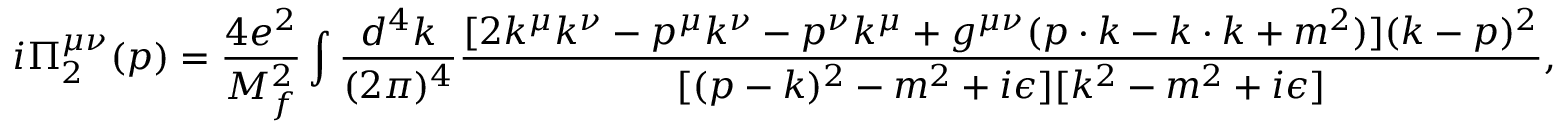
i \Pi _ { 2 } ^ { \mu \nu } ( p ) = \frac { 4 e ^ { 2 } } { M _ { f } ^ { 2 } } \int \frac { d ^ { 4 } k } { ( 2 \pi ) ^ { 4 } } \frac { [ 2 k ^ { \mu } k ^ { \nu } - p ^ { \mu } k ^ { \nu } - p ^ { \nu } k ^ { \mu } + g ^ { \mu \nu } ( p \cdot k - k \cdot k + m ^ { 2 } ) ] ( k - p ) ^ { 2 } } { [ ( p - k ) ^ { 2 } - m ^ { 2 } + i \epsilon ] [ k ^ { 2 } - m ^ { 2 } + i \epsilon ] } ,